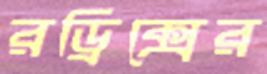
রড্রিক্সের